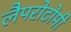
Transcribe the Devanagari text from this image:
लैपरोटोमी